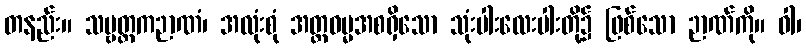
တနည်း။ သဗ္ဗတ္ထကဉာဏံ၊ အလုံးစုံ အတ္ထဓမ္မအစရှိသော သုံးပါးလေးပါးတို့၌ ဖြစ်သော ဉာဏ်ကို။ ဝါ၊